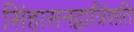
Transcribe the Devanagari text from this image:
सिंहासनद्वात्रिंशति